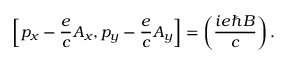
\left[ p _ { x } - { \frac { e } { c } } A _ { x } , p _ { y } - { \frac { e } { c } } A _ { y } \right] = \left( { \frac { i e \hbar B } { c } } \right) .